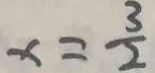
x = \frac { 3 } { 2 }